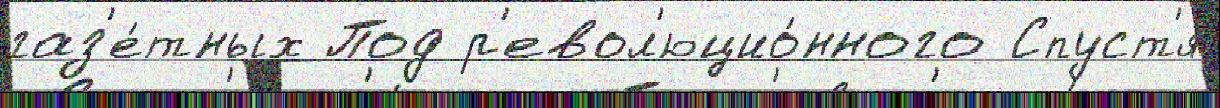
газ'е́тных Под р'евол'юцио́нного Спуст'я́